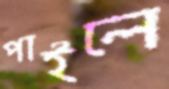
পাইলে